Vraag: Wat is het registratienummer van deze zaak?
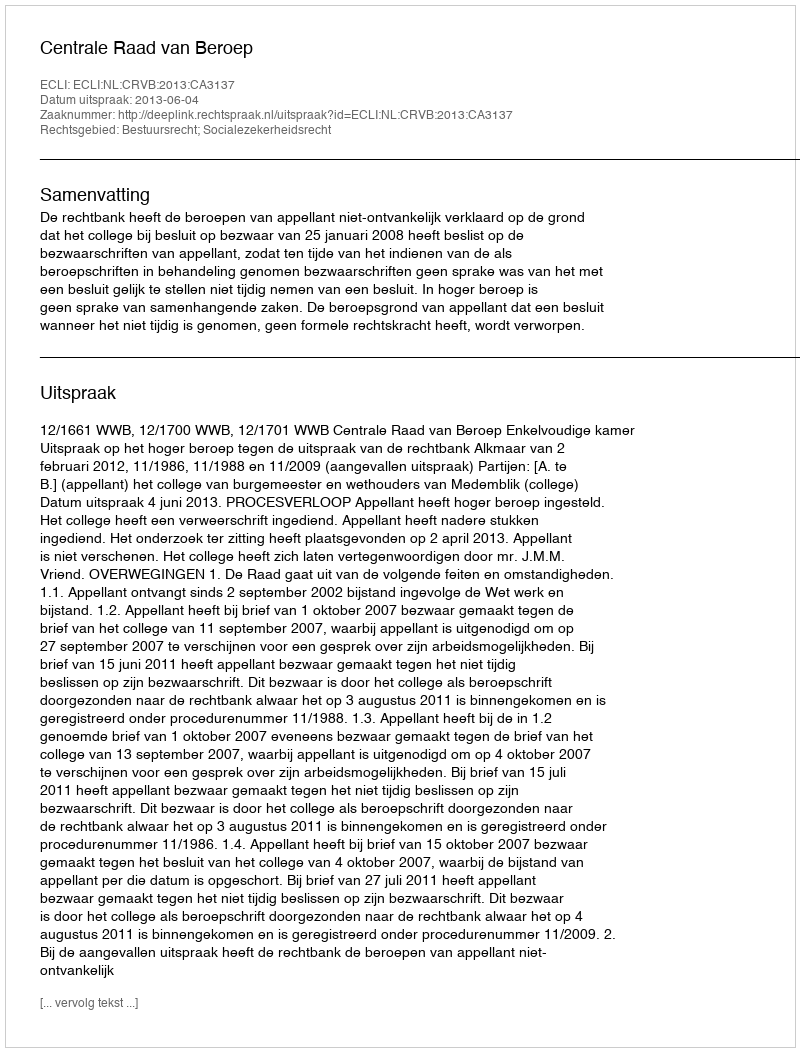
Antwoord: http://deeplink.rechtspraak.nl/uitspraak?id=ECLI:NL:CRVB:2013:CA3137